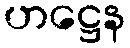
ဟဋ္ဌေန